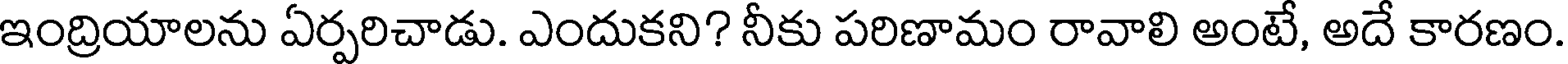
ఇంద్రియాలను ఏర్పరిచాడు. ఎందుకని? నీకు పరిణామం రావాలి అంటే, అదే కారణం